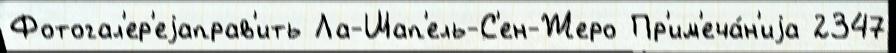
Фотогал'ер'еjаправ'ить Ла-Шап'ель-С'ен-Жеро Пр'им'еча́н'иjа 2347